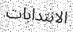
الانتدابات